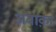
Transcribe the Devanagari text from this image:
अबाक़ा